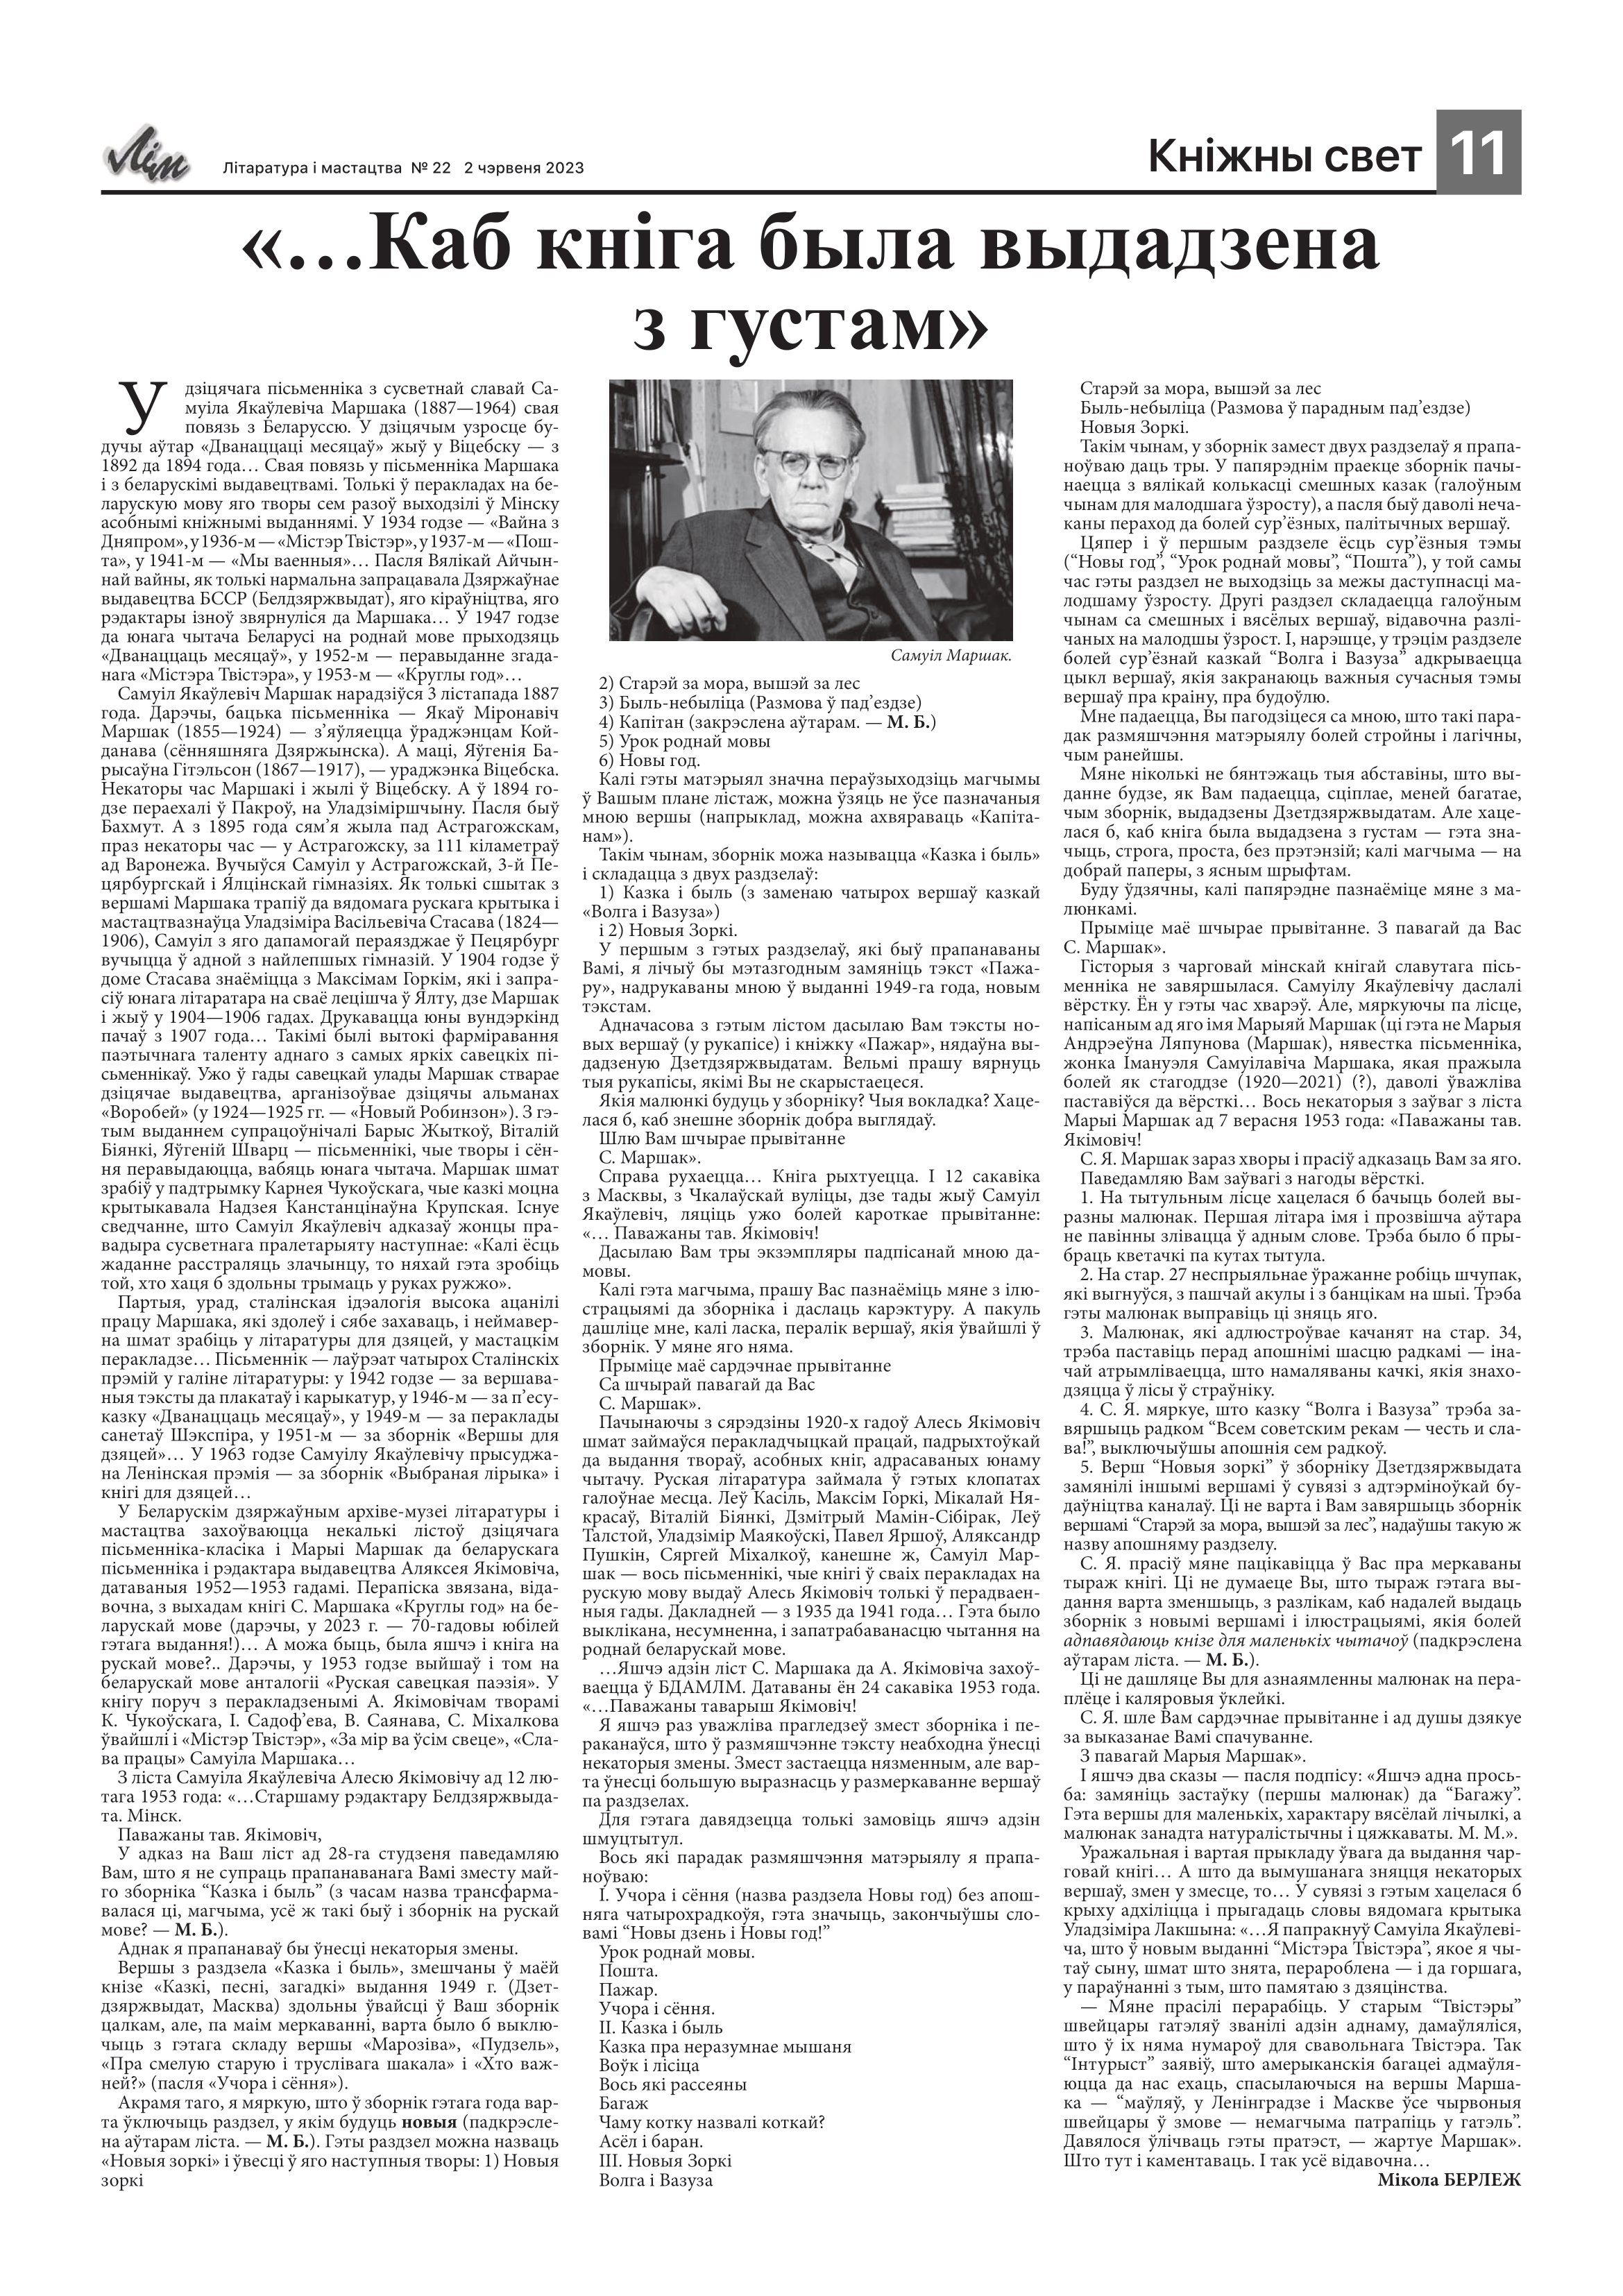
Language: be